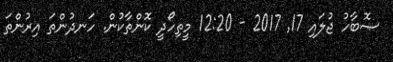
ޞޮބާހު ޖުލައި 17